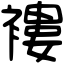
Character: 褸